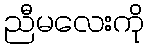
ညီမလေးကို